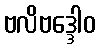
ဗလိဗဒ္ဒေါဝ